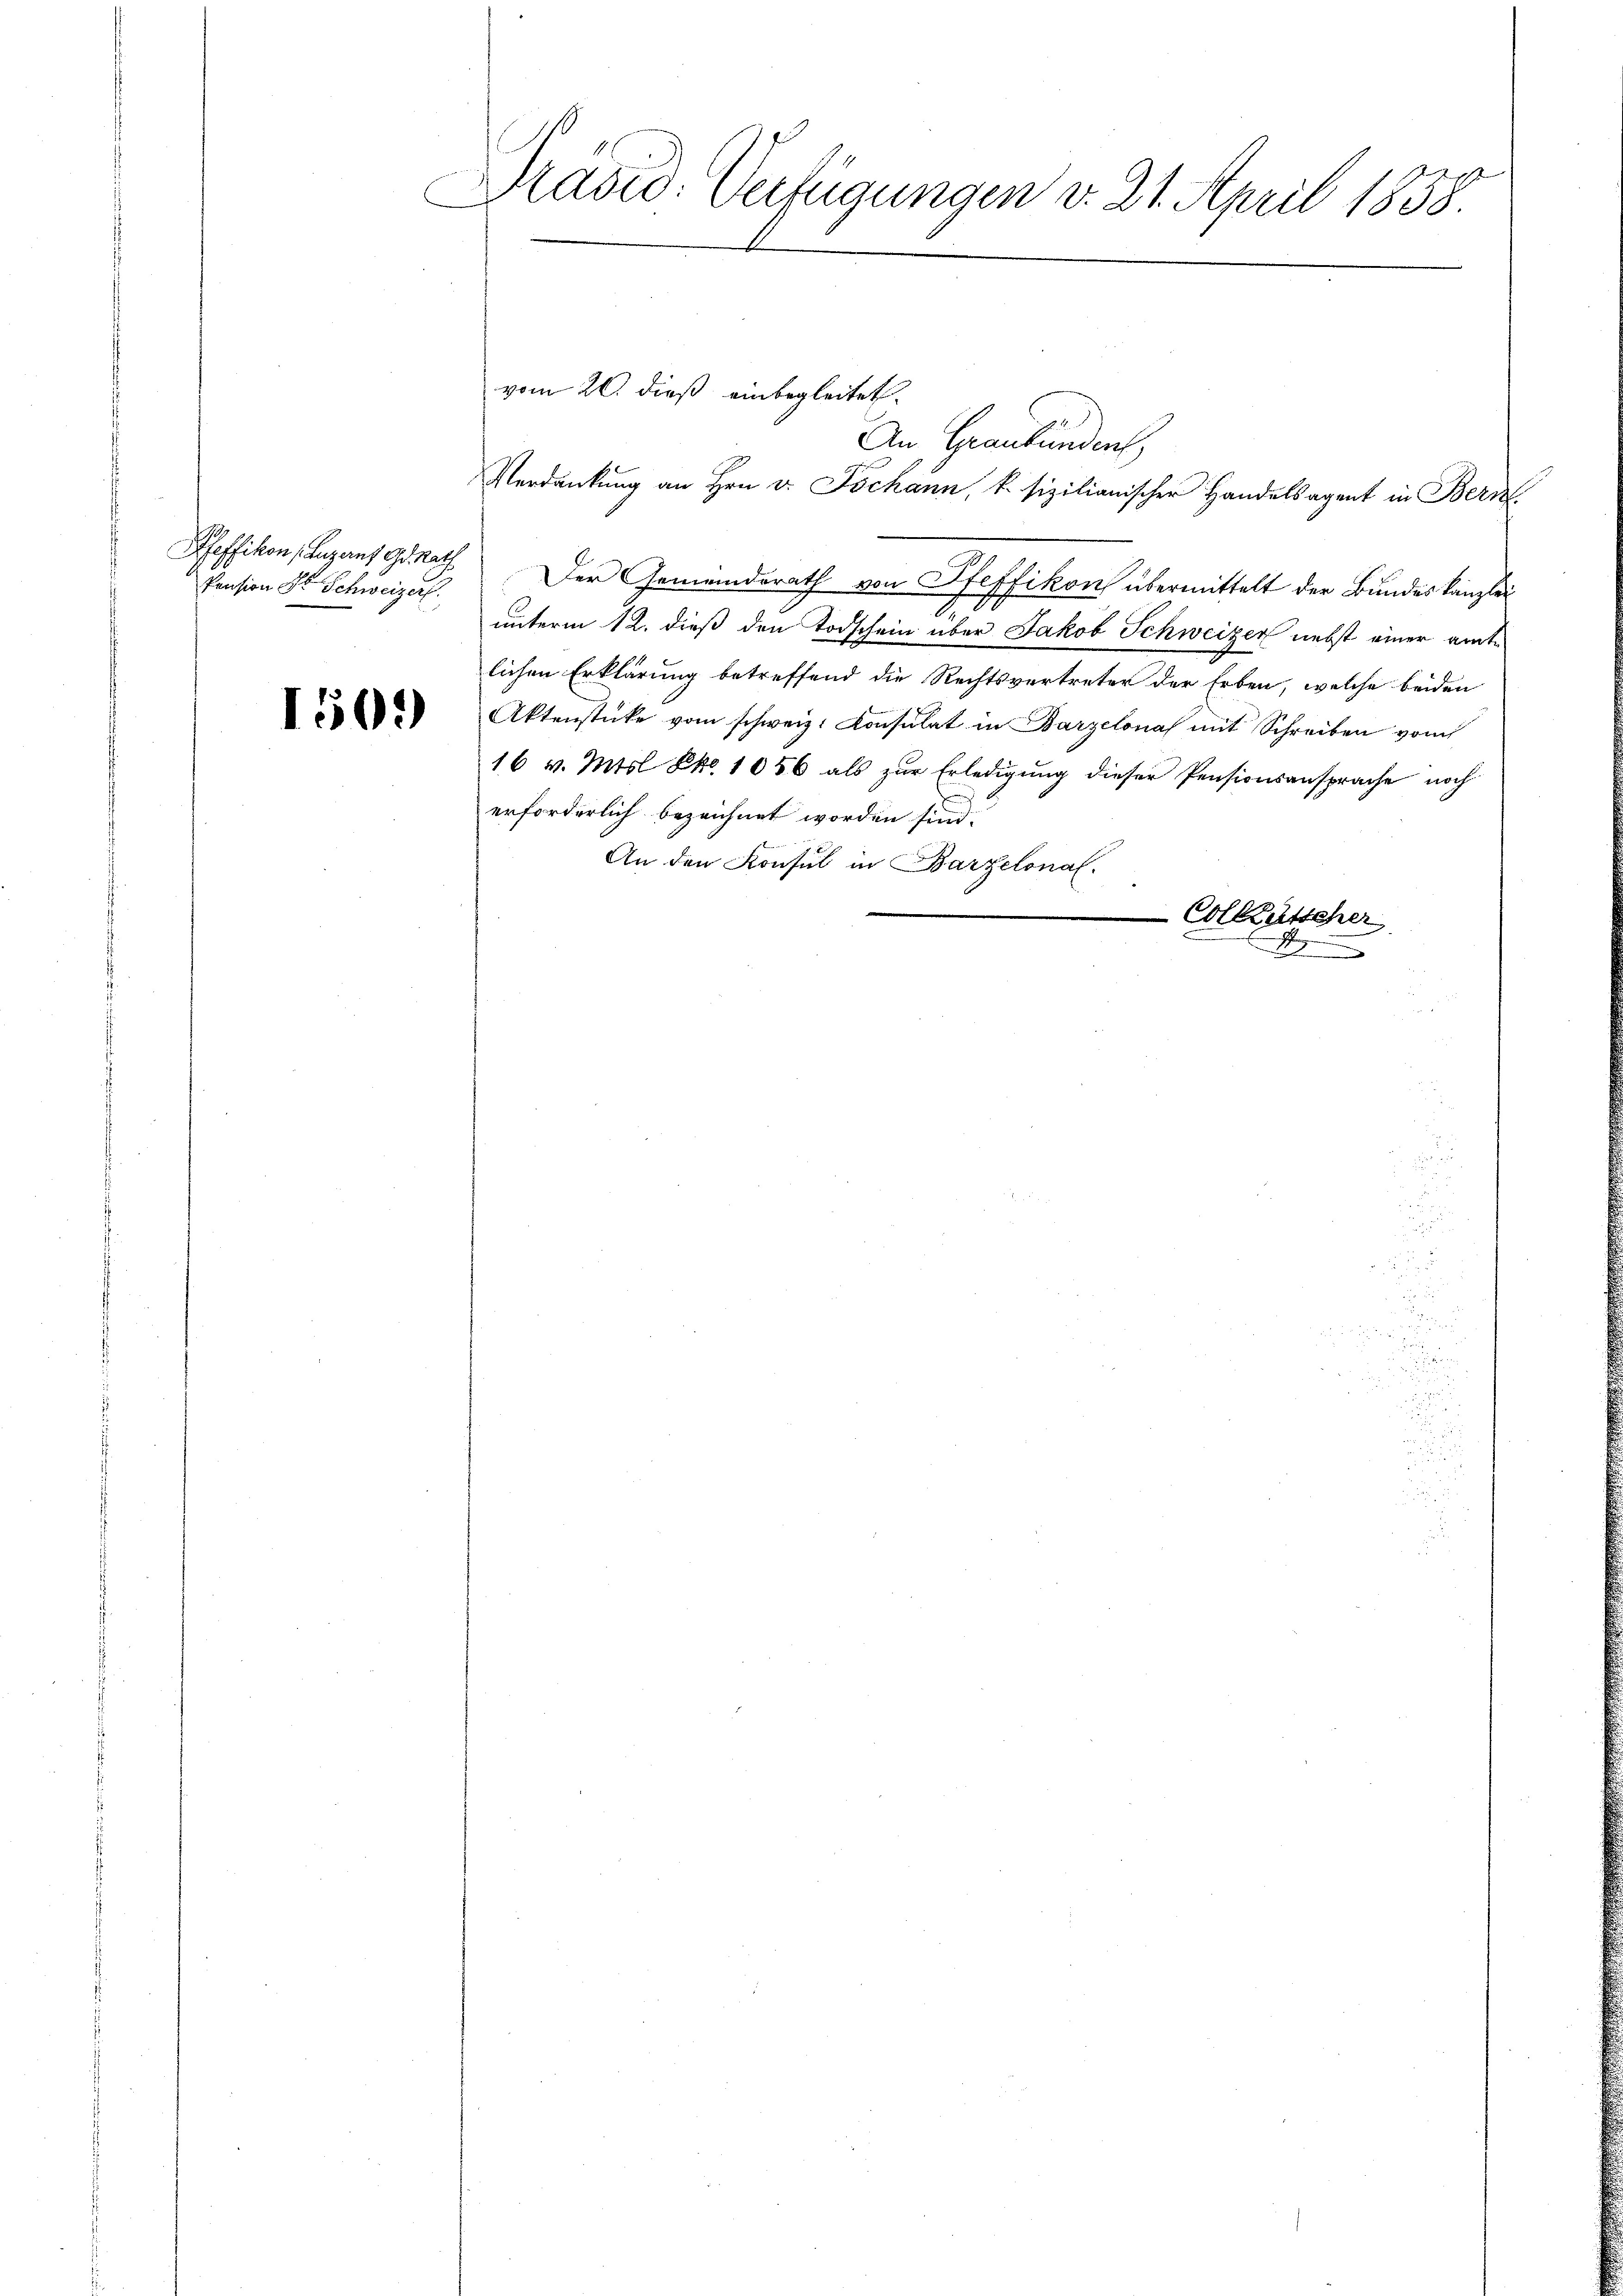
Pfeffikon, Luzaus Gr. Rath
Pension Dr. Schweizerf

1509

Präsid. Verfügungen v. 21. April 1838.

An Graubünden,
Verdankung an Hrn. v. Jochann, k. sizilianischer Handelsagent in Bern
2
unterm 12. dieß den Todschein über Jakob Schweizer nebst einer amtlichen Erklärung betreffend die Rechtsvertreter der Erben, welche beiden
Aktenstücke vom schweiz. Konsulat in Barzelona mit Schreiben vom
16 v. Mtsl Eko. 1056 als zŭr Erledigŭng dieser Pensionsansprache noch
erforderlich bezeichnet worden sind.
An den Konsul in Barzelonal-
Collausteher
x

vom 20. dieß einbegleitet.

Der Gemeinderath von Pfeffikon übermittelt der Bundeskanzlei